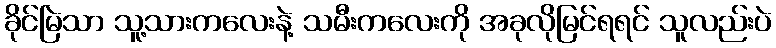
ခိုင်မြဲသာ သူ့သားကလေးနဲ့ သမီးကလေးကို အခုလိုမြင်ရရင် သူလည်းပဲ